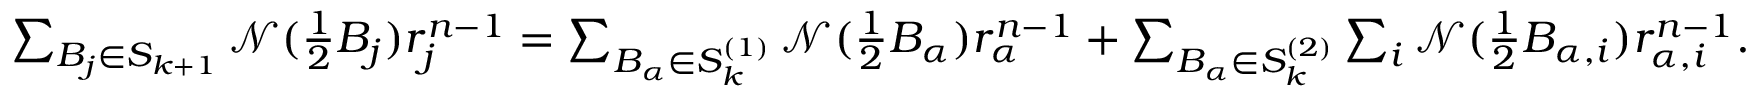
\begin{array} { r } { \sum _ { B _ { j } \in S _ { k + 1 } } \mathcal { N } ( \frac { 1 } { 2 } B _ { j } ) r _ { j } ^ { n - 1 } = \sum _ { B _ { \alpha } \in S _ { k } ^ { ( 1 ) } } \mathcal { N } ( \frac { 1 } { 2 } B _ { \alpha } ) r _ { \alpha } ^ { n - 1 } + \sum _ { B _ { \alpha } \in S _ { k } ^ { ( 2 ) } } \sum _ { i } \mathcal { N } ( \frac { 1 } { 2 } B _ { \alpha , i } ) r _ { \alpha , i } ^ { n - 1 } . } \end{array}